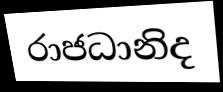
රාජධානිද